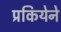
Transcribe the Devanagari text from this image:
प्रकियेने